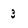
Character: 3